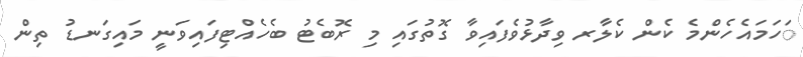
ަހަމައެހެންމެ ކެން ކެލާރ ވިދާޅުވެފައިވާ ގޮތުގައި މި ރޮބެޓު ބެހެއްޓިފައިވަނީ މައިގަނޑު ތިން